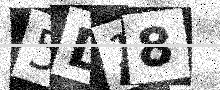
Text: 5D18